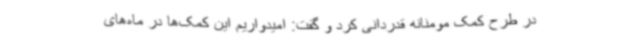
در طرح کمک مومنانه قدردانی کرد و گفت: امیدواریم این کمک‌ها در ماه‌های